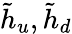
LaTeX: {\tilde{h}}_{u},{\tilde{h}}_{d}